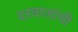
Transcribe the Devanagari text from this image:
दरवाजांची